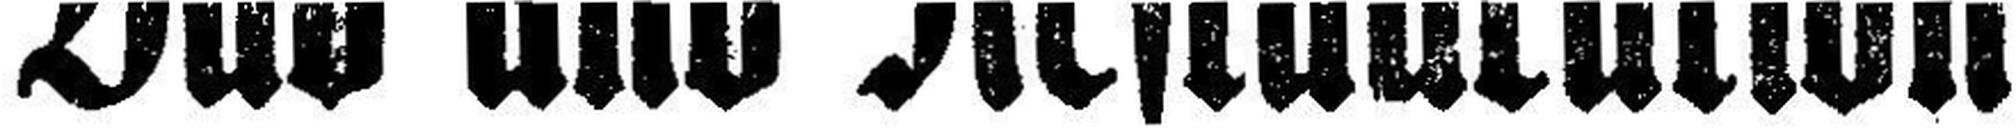
Bad und Restauration